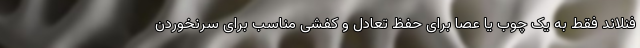
فنلاند فقط به یک چوب یا عصا برای حفظ تعادل و کفشی مناسب برای سُرنخوردن